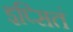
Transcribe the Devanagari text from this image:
इप्सितं